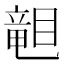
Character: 𥉩